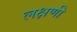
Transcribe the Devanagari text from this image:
लक्षणी